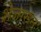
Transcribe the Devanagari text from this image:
शेजारून